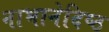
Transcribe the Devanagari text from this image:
नाभानेदिष्ठ